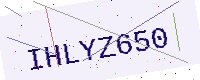
Text: IHLYZ650